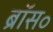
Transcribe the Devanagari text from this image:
ब्रॉस॰